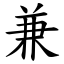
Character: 兼